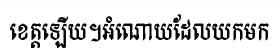
ខេត្តឡើយ។អំណោយដែលយកមក